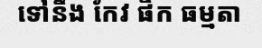
ទៅនឹង កែវ ផឹក ធម្មតា